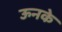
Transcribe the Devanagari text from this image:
ऊनके